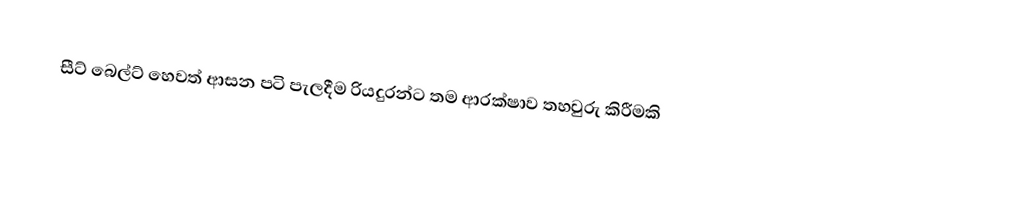
සීට් බෙල්ට් හෙවත් ආසන පටි පැලදීම රියදුරන්ට තම ආරක්ෂාව තහවුරු කිරීමකි